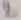
Text: 2